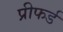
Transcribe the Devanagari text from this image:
प्रीफर्ड